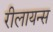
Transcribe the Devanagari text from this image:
रीलायन्स